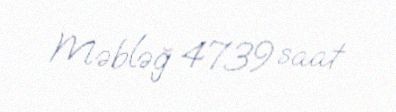
Məbləğ 4739 saat